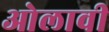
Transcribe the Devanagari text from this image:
ओलावी